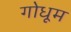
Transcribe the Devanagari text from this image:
गोधूम